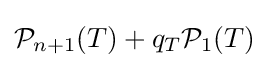
{\mathcal {P}}_{n+1}(T)+q_{T}{\mathcal {P}}_{1}(T)